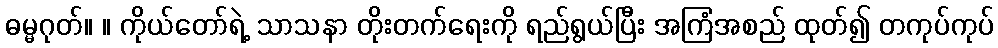
ဓမ္မဂုတ်။ ။ ကိုယ်တော်ရဲ့ သာသနာ တိုးတက်ရေးကို ရည်ရွယ်ပြီး အကြံအစည် ထုတ်၍ တကုပ်ကုပ်